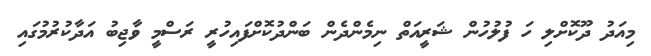
މިއަދު ދޫކޮށްލި ހަ ފުލުހުން ޝަރީއަތް ނިމެންދެން ބަންދުކޮށްފައިހުރީ ރަސްމީ ވާޖިބު އަދާކުރުމުގައި